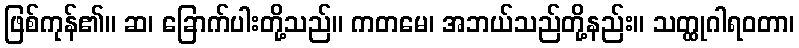
ဖြစ်ကုန်၏။ ဆ၊ ခြောက်ပါးတို့သည်။ ကတမေ၊ အဘယ်သည်တို့နည်း။ သတ္ထုဂါရဝတာ၊